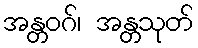
အန္တဝဂ်၊ အန္တသုတ်